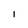
Character: I